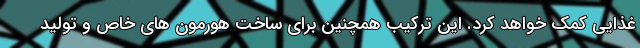
غذایی کمک خواهد کرد. این ترکیب همچنین برای ساخت هورمون های خاص و تولید